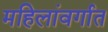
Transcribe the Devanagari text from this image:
महिलांवर्गात